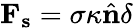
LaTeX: \mathbf{F_{s}}=\sigma\kappa\hat{\textbf{n}}\delta